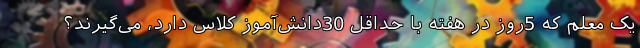
یک معلم که 5روز در هفته با حداقل 30دانش‌آموز کلاس دارد، می‌گیرند؟